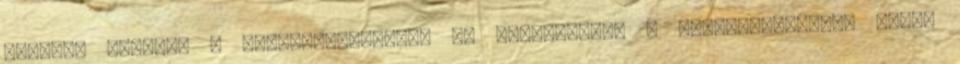
változó célokra a leg­használhatóbb és személyében a legke­zelhetőbb. Mivel